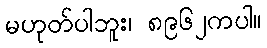
မဟုတ်ပါဘူး၊ ၈၉၆၂ကပါ။